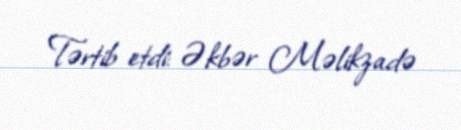
Tərtib etdi: Əkbər Məlikzadə